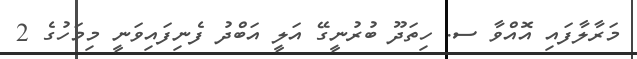
މަރާލާފައި އޮއްވާ ސ. ހިތަދޫ ބުރުނީގޭ އަލީ އަބްދު ފެނިފައިވަނީ މިމަހުގެ 2